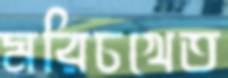
মরিচখেত